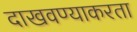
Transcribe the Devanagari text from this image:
दाखवण्याकरता